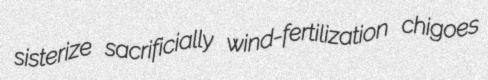
sisterize sacrificially wind-fertilization chigoes